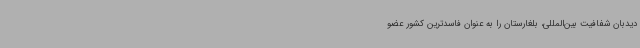
دیدبان شفافیت بین‌المللی، بلغارستان را به عنوان فاسدترین کشور عضو